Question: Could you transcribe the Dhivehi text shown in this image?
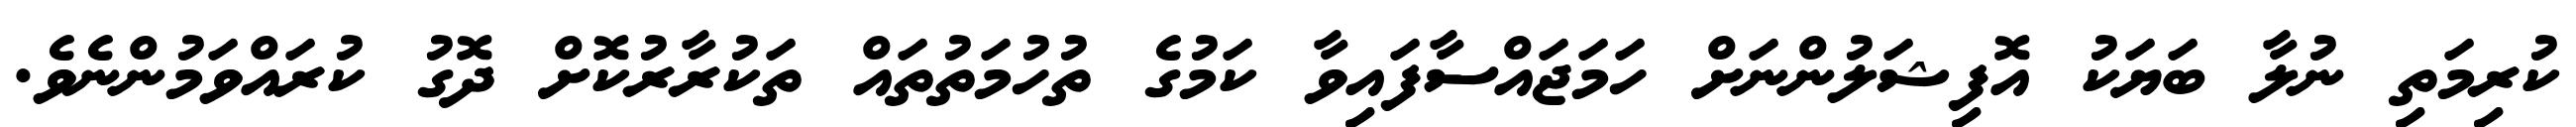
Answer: ކުރިމަތި ނުލާ ބަޔަކު އޮފިޝަލުންނަށް ހަމަޖައްސާފައިވާ ކަމުގެ ތުހުމަތުތައް ތަކުރާރުކޮށް ދޮގު ކުރައްވަމުންނެވެ.